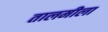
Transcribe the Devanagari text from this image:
तालमीला